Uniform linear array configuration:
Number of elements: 12
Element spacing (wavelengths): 1
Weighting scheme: hamming
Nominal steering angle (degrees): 45
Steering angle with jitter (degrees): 45.891
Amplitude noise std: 0.05
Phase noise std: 0.05

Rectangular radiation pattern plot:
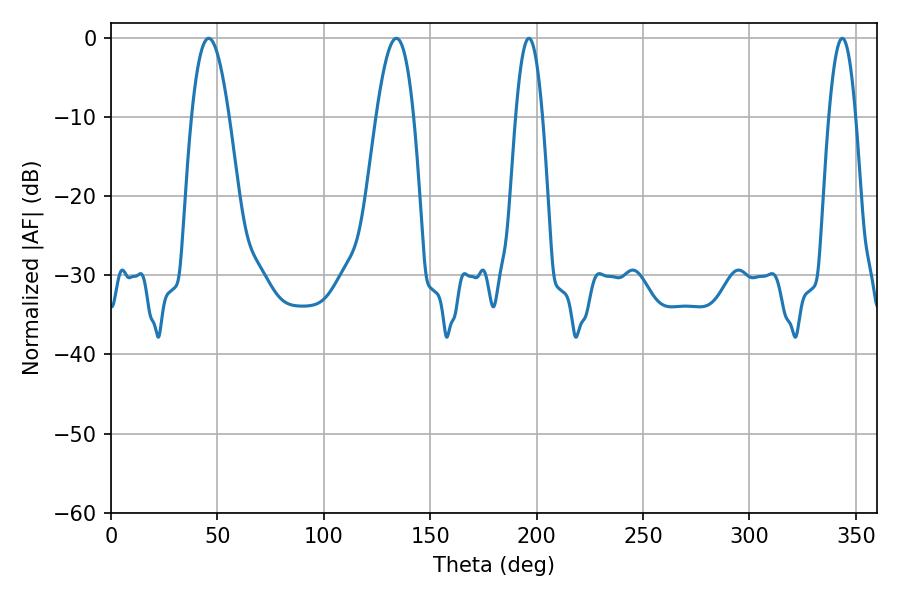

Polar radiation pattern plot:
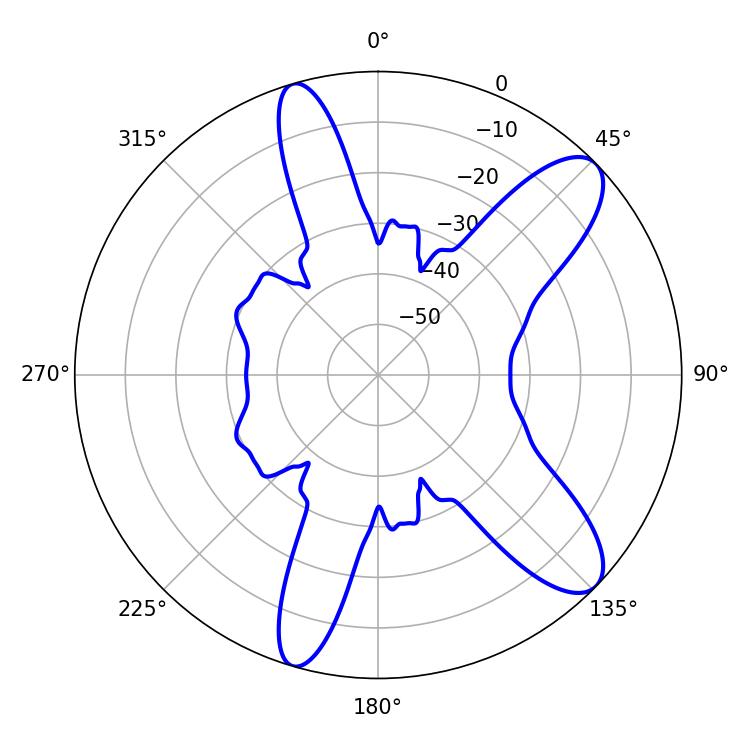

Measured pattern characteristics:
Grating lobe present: TRUE
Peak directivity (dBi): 10.247
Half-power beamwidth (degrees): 9.54
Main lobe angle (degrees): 45.9